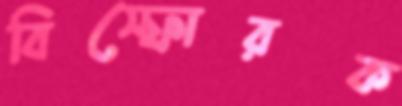
বিস্ফোরক